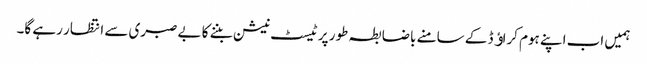
ہمیں اب اپنے ہوم کراﺅڈ کے سامنے باضابطہ طور پر ٹیسٹ نیشن بننے کا بے صبری سے انتظار رہے گا۔